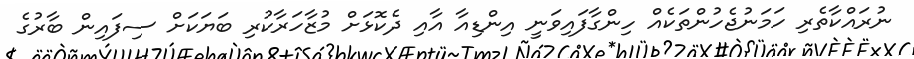
ނުރައްކާތެރި ހަމަނުޖެހުންތަކެއް ހިންގާފައިވަނީ އިންޑިއާ އާއި ދެކޮޅަށް މުޒާހަރާކުރި ބަޔަކަށް ސިފައިން ބާރުގެ